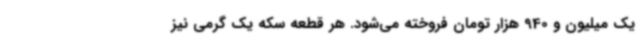
یک میلیون و 940 هزار تومان فروخته می‌شود. هر قطعه سکه یک گرمی نیز